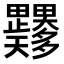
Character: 𭻼